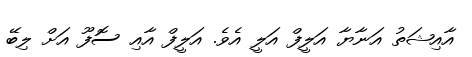
އާއިޝަތު އަނާޔާ އަލީފް އަލީ އެވެ. އަލީފް އާއި ސޮފޫ އަށް ލިބޭ